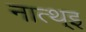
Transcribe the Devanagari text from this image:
नात्थ्इ